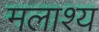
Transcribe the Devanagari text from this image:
मलाश्य